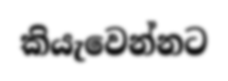
කියැවෙන්නට